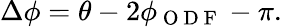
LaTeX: \Delta\phi=\theta-2\phi_{\mathrm{~O~D~F~}}-\pi.